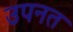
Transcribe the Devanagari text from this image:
उपनत